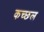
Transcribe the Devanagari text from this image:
कच्छल